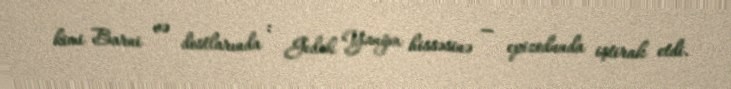
kimi Barni və dostlarında : Gedək Yanğın hissəsinə — epizodunda iştirak etdi.